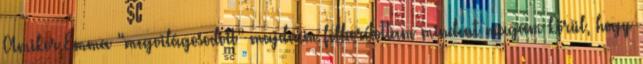
Amikor Emma “megvilágosodott” majdnem felborítottam mindent magam körül, hogy